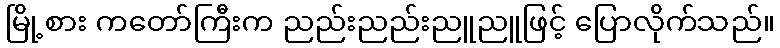
မြို့စား ကတော်ကြီးက ညည်းညည်းညူညူဖြင့် ပြောလိုက်သည်။